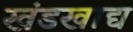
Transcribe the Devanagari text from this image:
खंडखाद्य